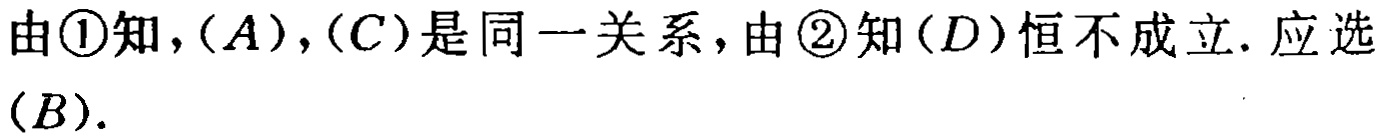
由\textcircled{1}知，\((A)\)，\((C)\)是同一关系，由\textcircled{2}知\((D)\)恒不成立. 应选\((B)\).